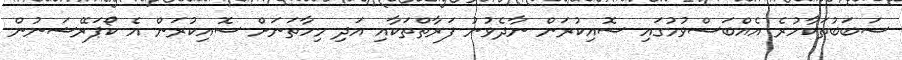
ސަބަބުތަކާހުރެ އެއްބަސްވުމުގައި ސޮއިކުރަން ނާދެވުނު ފަރާތްތަކާއި އަދި މިހާތަނަށް ސޮއިކުރަން އެ ކޯޕަރޭޝަނުން